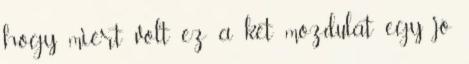
hogy miért volt ez a két mozdulat egy jó